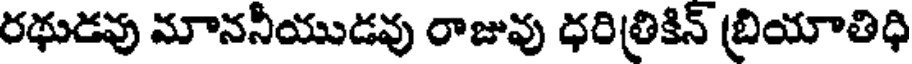
రథుడవు మాననీయుడవు రాజువు ధరిత్రికిన్ బ్రియాతిధి